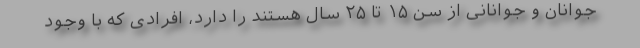
جوانان و جوانانی از سن ۱۵ تا ۲۵ سال هستند را دارد، افرادی که با وجود